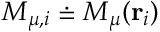
M _ { \mu , i } \doteq M _ { \mu } ( { \bf r } _ { i } )